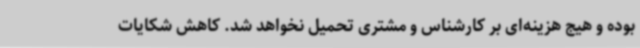
بوده و هیج هزینه‌ای بر کارشناس و مشتری تحمیل نخواهد شد. کاهش شکایات